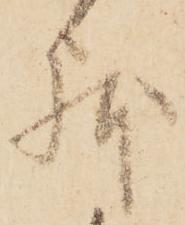
躰